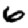
Digit: 6